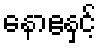
နောဧနှင့်